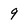
Character: 9